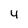
Character: 4